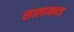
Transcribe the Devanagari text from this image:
सालामन्ज